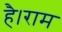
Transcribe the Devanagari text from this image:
है।राम